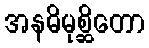
အနဓိမုစ္ဆိတော